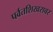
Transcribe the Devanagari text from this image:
पर्वतशिखरावर